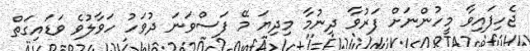
ޖެހިފައިވާ މީހުންނަށް ފަރުވާ ދިނުމާ މިދިޔަ މޭ ފަސްވަނަ ދުވަހު ހަވާލުވެ ވަޑައިގަތް